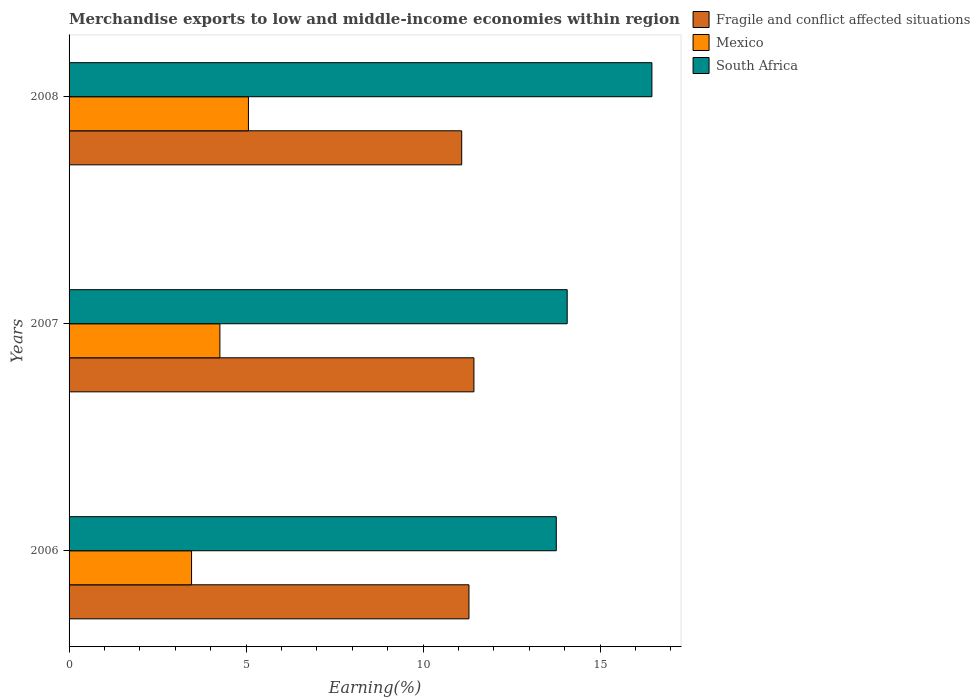
| Years | Fragile and conflict affected situations | Mexico | South Africa |
 | --- | --- | --- | --- |
 | 2006 | 11.3 | 3.46 | 13.8 |
 | 2007 | 11.4 | 4.26 | 14.1 |
 | 2008 | 11.1 | 5.07 | 16.5 |